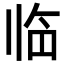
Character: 临